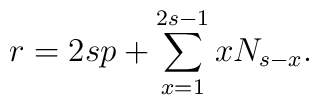
r=2sp+\sum_{x=1}^{2s-1}xN_{s-x}.